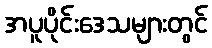
အပူပိုင်းဒေသများတွင်